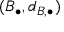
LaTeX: ( B _ { \bullet } , d _ { B , \bullet } )